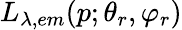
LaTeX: L_{\lambda,em}(p;\theta_{r},\varphi_{r})